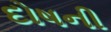
દોષની